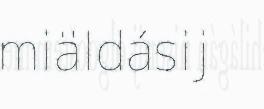
miäldásij